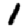
Digit: 1